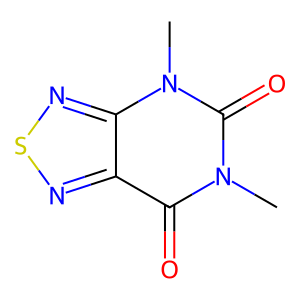
SMILES: Cn1c(=O)c2nsnc2n(C)c1=O
Inhibits HIV replication: No